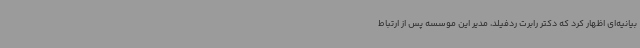
بیانیه‌ای اظهار کرد که دکتر رابرت ردفیلد، مدیر این موسسه پس از ارتباط